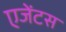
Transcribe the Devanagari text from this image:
एजेंटस